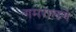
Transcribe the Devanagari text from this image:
गमरालगे